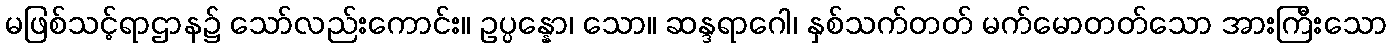
မဖြစ်သင့်ရာဌာန၌ သော်လည်းကောင်း။ ဥပ္ပန္နော၊ သော။ ဆန္ဒရာဂေါ၊ နှစ်သက်တတ် မက်မောတတ်သော အားကြီးသော